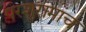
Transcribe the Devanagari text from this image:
परशुरामांच